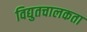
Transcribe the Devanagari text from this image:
विद्युतचालकता